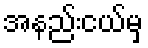
အနည်းငယ်မှ